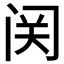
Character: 𬮦